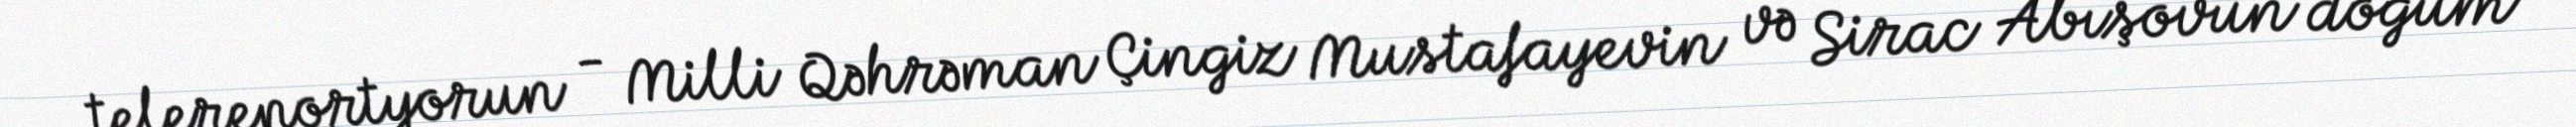
telereportyorun - Milli Qəhrəman Çingiz Mustafayevin və Sirac Abışovun doğum